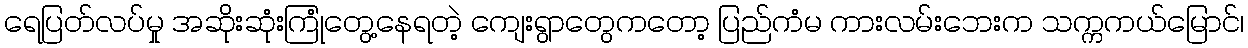
ရေပြတ်လပ်မှု အဆိုးဆုံးကြုံတွေ့နေရတဲ့ ကျေးရွာတွေကတော့ ပြည်ကံမ ကားလမ်းဘေးက သက္ကကယ်မြောင်၊